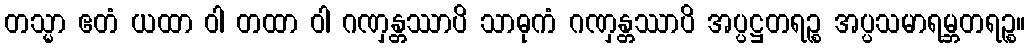
တသ္မာ ဧတံ ယထာ ဝါ တထာ ဝါ ဂဏှန္တဿာပိ သာဓုကံ ဂဏှန္တဿာပိ အပ္ပဋ္ဌတရဉ္စ အပ္ပသမာရမ္ဘတရဉ္စ။